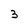
Character: 3